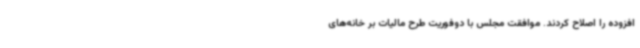
افزوده را اصلاح کردند. موافقت مجلس با دوفوریت طرح مالیات بر خانه‌های